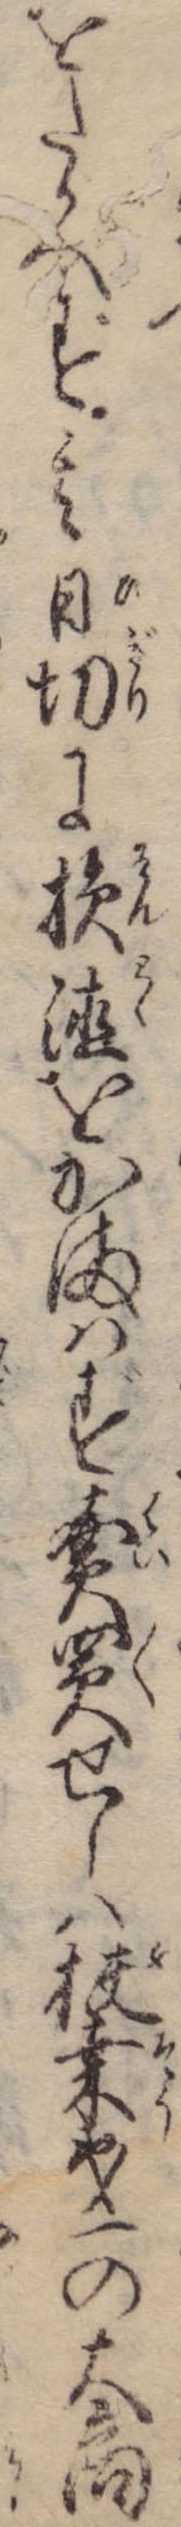
をたかへず其日切に損徳をかまはず売買せしは扶桑第一の大商